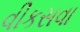
વીકસવા